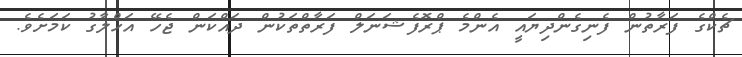
ޗެކްގެ ފަރާތުން ފެނިގެންދިޔައީ އެންމެ ޕްރޮފެޝަނަލް ފަރާތްތަކުން ދައްކަން ޖެހޭ އަހްލާގު ކަމަށެވެ.